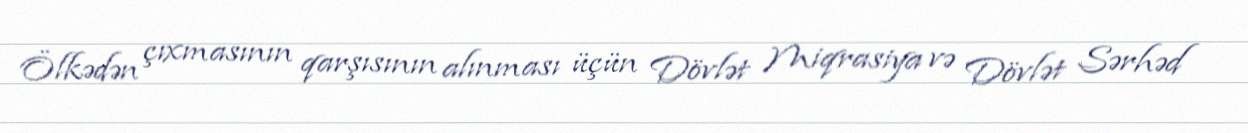
Ölkədən çıxmasının qarşısının alınması üçün Dövlət Miqrasiya və Dövlət Sərhəd